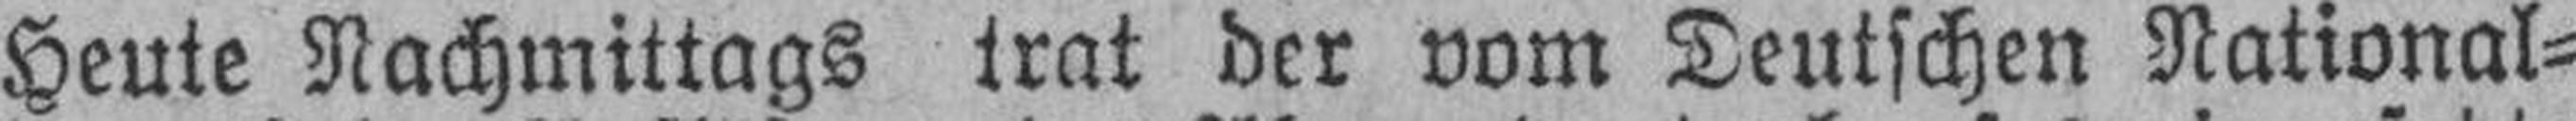
Heute Nachmittags trat der vom Deutschen National¬